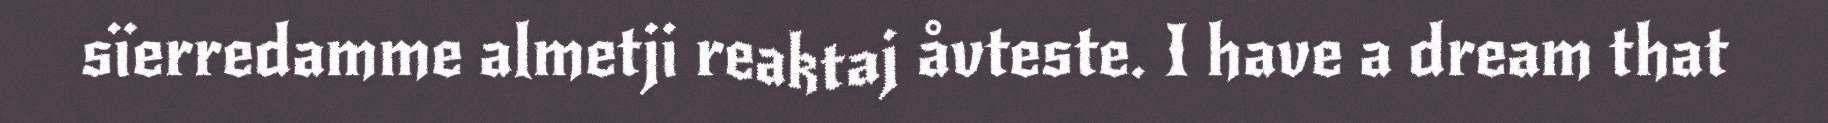
sïerredamme almetji reaktaj åvteste. I have a dream that